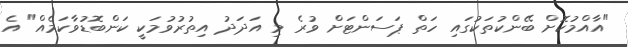
"އާއްމުކޮށް ބޭންކުތަކުގައި ހަތް ޕަސަންޓަށް ވުރެ މި އަދަދު އިތުރުވުމަކީ ކަންބޮޑުވާކަމެއް" އެ